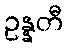
ဥန္နတီ